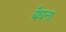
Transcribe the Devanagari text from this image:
बँधना